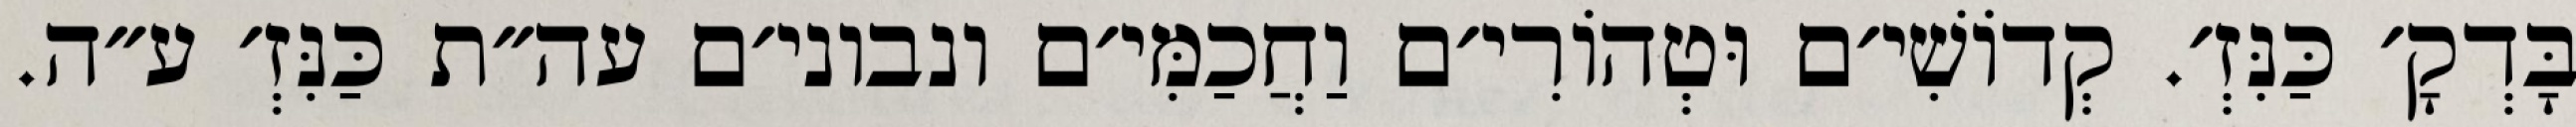
בָּדְקָ׳ כַּנִּזְ׳. קְדוֹשִׁי׳ם וּטְהוֹרִי׳ם וַחֲכַמִּי׳ם ונבוני׳ם עה״ת כַּנִּזְ׳ ע״ה.